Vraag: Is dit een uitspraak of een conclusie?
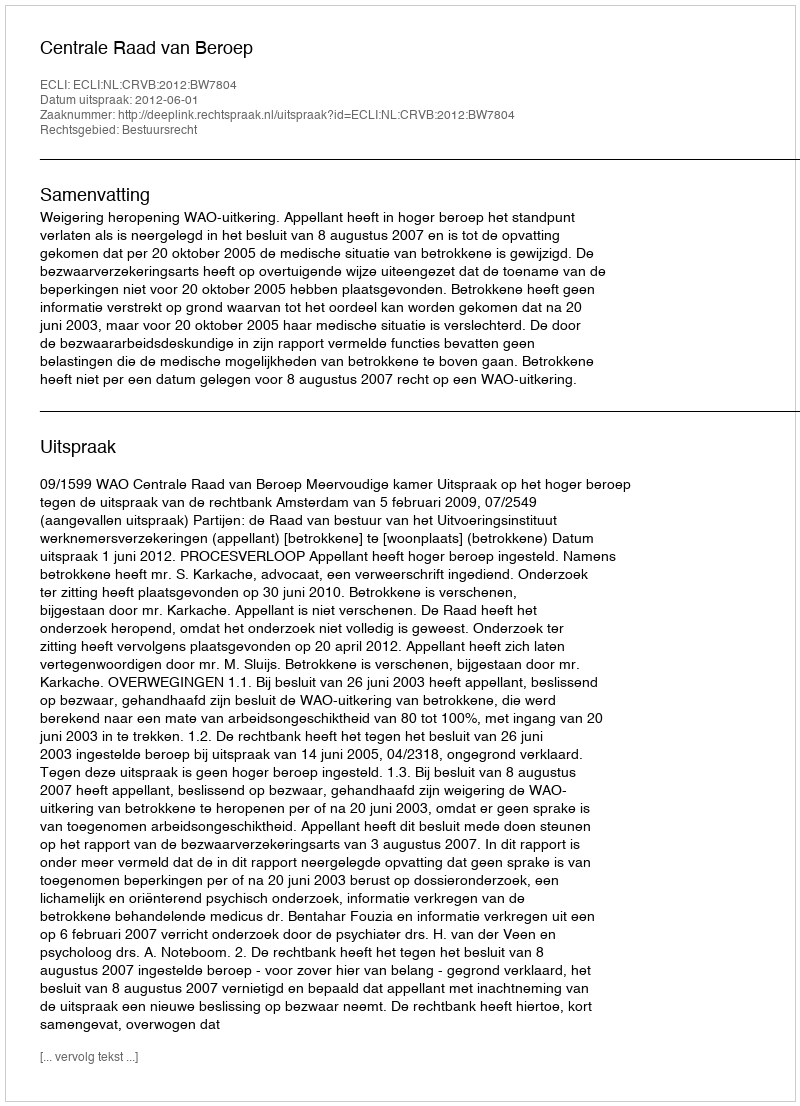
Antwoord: Uitspraak